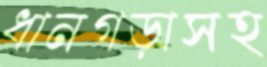
ধানগড়াসহ